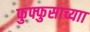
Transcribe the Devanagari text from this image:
फुफ्फुसाच्याा